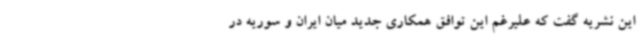
این نشریه گفت که علیرغم این توافق همکاری جدید میان ایران و سوریه در